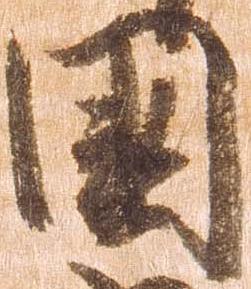
国